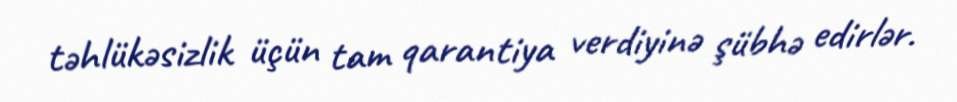
təhlükəsizlik üçün tam qarantiya verdiyinə şübhə edirlər.